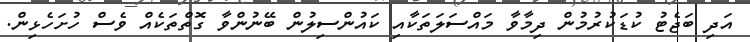
އަދި ބަޖެޓު ކުޑަކުރުމުން ދިމާވާ މައްސަލަތަކާއި ކައުންސިލުން ބޭނުންވާ ގޮތްތަކެއް ވެސް ހުށަހެޅިން.